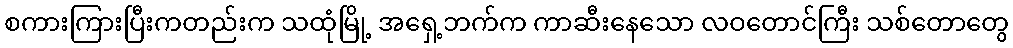
စကားကြားပြီးကတည်းက သထုံမြို့ အရှေ့ဘက်က ကာဆီးနေသော လဝတောင်ကြီး သစ်တောတွေ